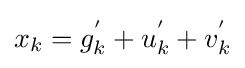
x_{k}=g_{k}^{'}+u_{k}^{'}+v_{k}^{'}